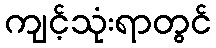
ကျင့်သုံးရာတွင်